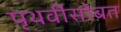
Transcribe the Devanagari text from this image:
पृथवीसोबत